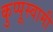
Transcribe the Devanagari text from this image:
कुप्पूस्वामी